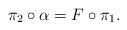
LaTeX: \begin{align*}\pi_2\circ\alpha=F\circ\pi_1.\end{align*}